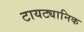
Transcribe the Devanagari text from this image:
टायट्यानिक